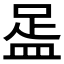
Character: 𥁯